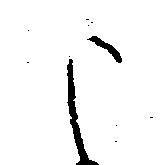
申